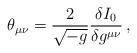
LaTeX: \begin{align*}\theta_{\mu \nu} = \frac{2}{\sqrt{-g}} \frac{\delta I_0}{\delta g^{\mu \nu}}\,,\end{align*}